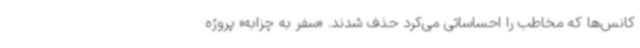
کانس‌ها که مخاطب را احساساتی می‌کرد حذف شدند. «سفر به چزابه» پروژه